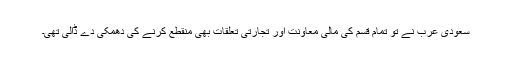
سعودی عرب نے تو تمام قسم کی مالی معاونت اور تجارتی تعلقات بھی منقطع کرنے کی دھمکی دے ڈالی تھی۔